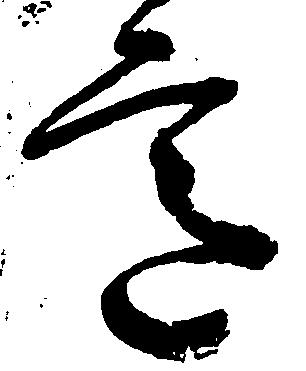
意